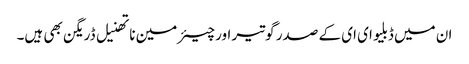
ان میں ڈبلیو ای ای کے صدر گوتیر اور چیئرمین ناتھنیل ڈریگن بھی ہیں۔